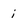
Character: i